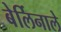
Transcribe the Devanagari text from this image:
बेर्लिनाले